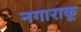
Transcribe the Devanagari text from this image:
नगाराकू